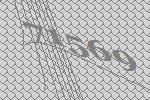
71569